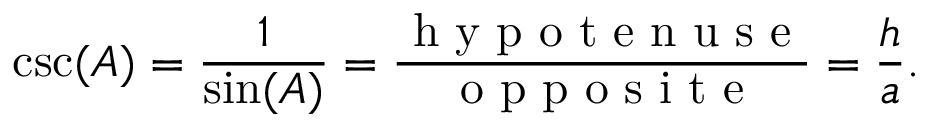
\csc ( A ) = { \frac { 1 } { \sin ( A ) } } = { \frac { \textrm { h y p o t e n u s e } } { \textrm { o p p o s i t e } } } = { \frac { h } { a } } .